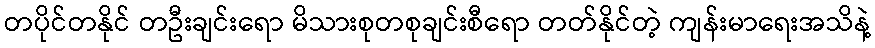
တပိုင်တနိုင် တဦးချင်းရော မိသားစုတစုချင်းစီရော တတ်နိုင်တဲ့ ကျန်းမာရေးအသိနဲ့